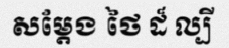
សម្តែង ថៃ ដ៏ ល្បី